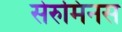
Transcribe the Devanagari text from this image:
सेरुमिनस